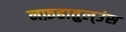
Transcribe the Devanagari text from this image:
नफ़हातुल्उंस